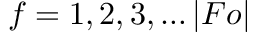
f = 1 , 2 , 3 , \dots | F o |